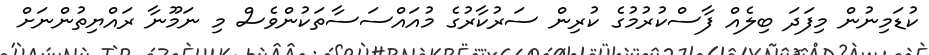
ކުޑަމިނުން މިފަދަ ބިލެއް ފާސްކުރުމުގެ ކުރިން ސަރުކާރުގެ މުއައްސަސާތަކުންވެސް މި ނަމޫނާ ރައްޔިތުންނަށް